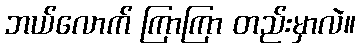
ဘယ်လောက် ကြာကြာ တည်းမှာလဲ။